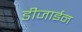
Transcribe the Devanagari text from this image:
डीजाईन